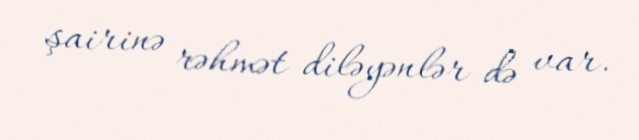
şairinə rəhmət diləyənlər də var.